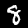
Digit: 8